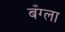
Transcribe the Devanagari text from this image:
बँग्ला